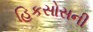
હિકસોસની